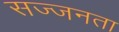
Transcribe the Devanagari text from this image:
सज्‍जनता